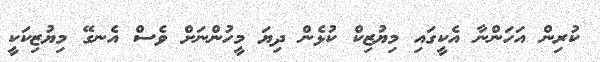
ކުރިން އަހަންނާ އެކީގައި މިޔުޒިކް ކުޅެން ދިޔަ މީހުންނަށް ވެސް އެނގޭ މިޔުޒިކަކީ